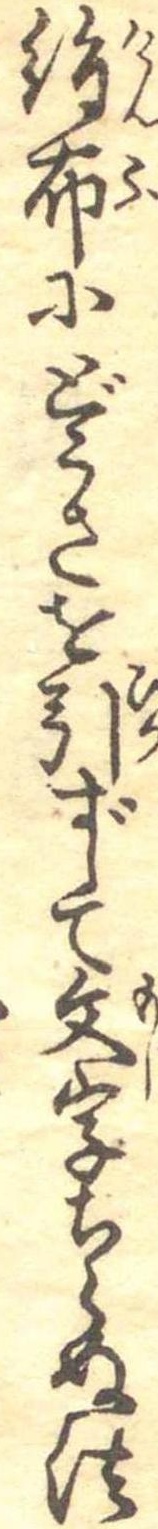
絹布にどうさを引ずして文字ちらぬ法